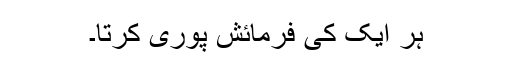
ہر ایک کی فرمائش پوری کرتا۔